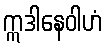
ဣဒါနေဝါဟံ